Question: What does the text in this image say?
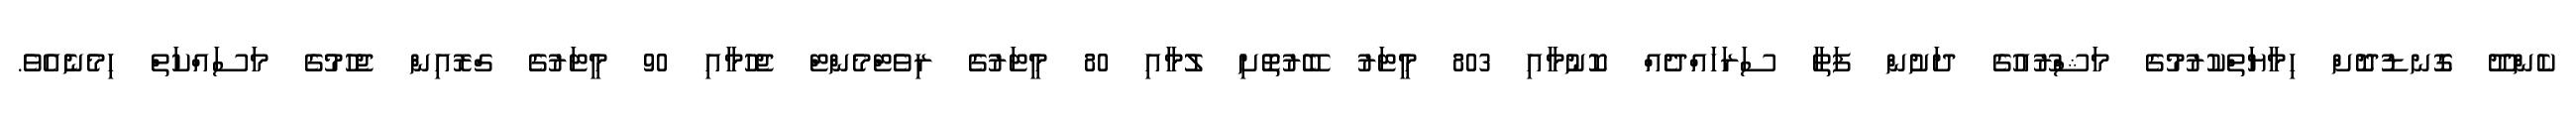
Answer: ކެންދޫ ގޮނޑުދޮށް ހިމާޔަތްކުރުމުގެ މަޝްރޫއުގެ ދަށުން ފަތާ ސަރަހައްދެއް ކޮނުމާއި 803 މީޓަރު ބޭރުތޮށި ލުމާއި 80 މީޓަރުގެ ރިވެޓްމެންޓް ޖެހުމާއި 90 މީޓަރުގެ ގްރޮއިން ޖެހުމުގެ މަސައްކަތް ހިމެނެއެވެ.